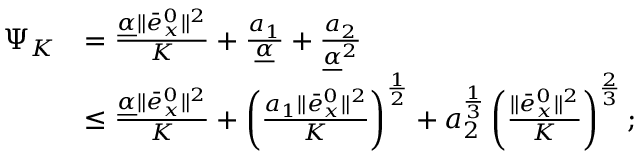
\begin{array} { r l } { \Psi _ { K } } & { = \frac { \underline { { \alpha } } \| \bar { e } _ { x } ^ { 0 } \| ^ { 2 } } { K } + \frac { a _ { 1 } } { \underline { { \alpha } } } + \frac { a _ { 2 } } { \underline { { \alpha } } ^ { 2 } } } \\ & { \leq \frac { \underline { { \alpha } } \| \bar { e } _ { x } ^ { 0 } \| ^ { 2 } } { K } + \left( \frac { a _ { 1 } \| \bar { e } _ { x } ^ { 0 } \| ^ { 2 } } { K } \right) ^ { \frac { 1 } { 2 } } + a _ { 2 } ^ { \frac { 1 } { 3 } } \left( \frac { \| \bar { e } _ { x } ^ { 0 } \| ^ { 2 } } { K } \right) ^ { \frac { 2 } { 3 } } ; } \end{array}